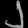
Digit: ၂